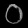
Digit: ၀